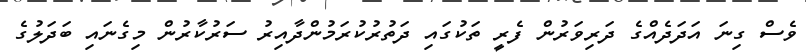
ވެސް ގިނަ އަދަދެއްގެ ދަރިވަރުން ފެރީ ތަކުގައި ދަތުރުކުރަމުންދާއިރު ސަރުކާރުން މިގެނައި ބަދަލުގެ